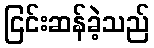
ငြင်းဆန်ခဲ့သည်